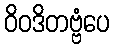
ဝိဝဒိတဗ္ဗံပေ